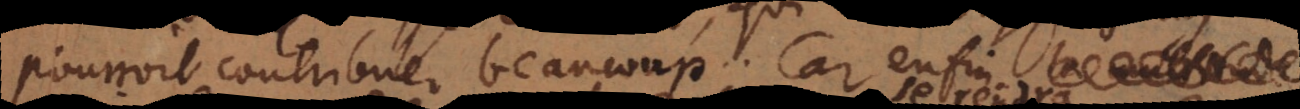
pourroit contribuer beaucoup. Car enfin